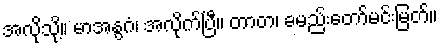
အလိုသို့။ မာအနွဂံ၊ အလိုက်ပြီ။ တာတ၊ ခမည်းတော်မင်းမြတ်။